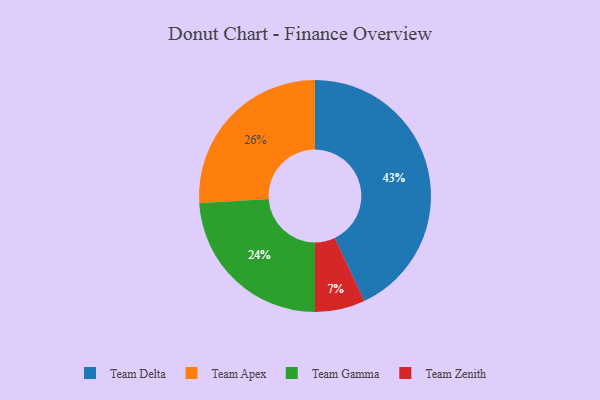
{"axis": {"x": "Category", "y": "Percentage"}, "legend": ["Team Apex", "Team Delta", "Team Gamma", "Team Zenith"], "data": [{"x": "Team Zenith", "y": 7, "type": "Team Zenith"}, {"x": "Team Delta", "y": 43, "type": "Team Delta"}, {"x": "Team Apex", "y": 26, "type": "Team Apex"}, {"x": "Team Gamma", "y": 24, "type": "Team Gamma"}]}